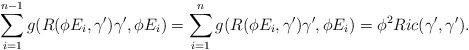
LaTeX: \begin{align*}\sum\limits_{i=1}^{n-1}g(R(\phi E_i,\gamma^{\prime})\gamma^{\prime},\phi E_i)=\sum\limits_{i=1}^{n}g(R(\phi E_i,\gamma^{\prime})\gamma^{\prime},\phi E_i)=\phi^2Ric(\gamma^{\prime},\gamma^{\prime}).\end{align*}